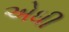
એધી